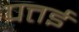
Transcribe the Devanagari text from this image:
पत्तई